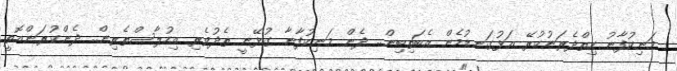
މަނިކުފާނު ހިތްދެރަނުކުރޭ އަޅުގަނޑުމެން އެބަތިބިން.. ދެން މަނިކުފާނާ ގުޅޭނީ ތެދުވެރި އިހުލާސްތެރިން.. ދެންކުރަންއޮތީ